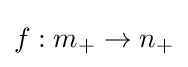
{\textstyle f:m_{+}\to n_{+}}